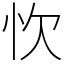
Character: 忺